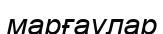
марғаулар